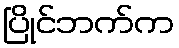
ပြိုင်ဘက်က